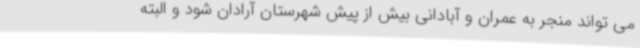
می تواند منجر به عمران و آبادانی بیش از پیش شهرستان آرادان شود و البته